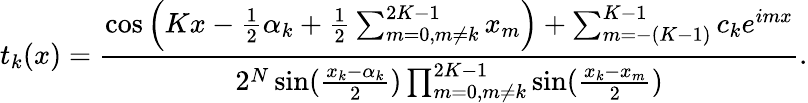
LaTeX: t_{k}(x)={\frac{\cos\left(Kx-{\frac{1}{2}}\alpha_{k}+{\frac{1}{2}}\sum_{m=0,m\neq k}^{2K-1}x_{m}\right)+\sum_{m=-(K-1)}^{K-1}c_{k}e^{imx}}{2^{N}\sin({\frac{x_{k}-\alpha_{k}}{2}})\prod_{m=0,m\neq k}^{2K-1}\sin({\frac{x_{k}-x_{m}}{2}})}}.